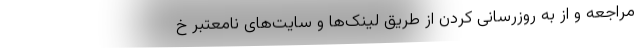
مراجعه و از به روزرسانی کردن از طریق لینک‌ها و سایت‌های نامعتبر خ